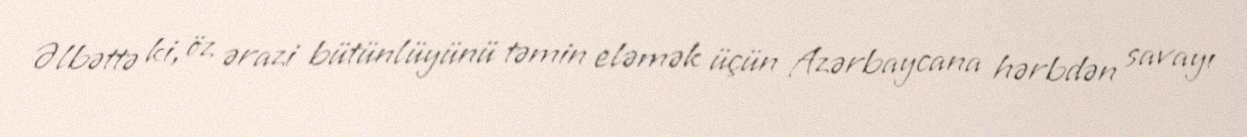
Əlbəttə ki, öz ərazi bütünlüyünü təmin eləmək üçün Azərbaycana hərbdən savayı